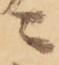
ニ